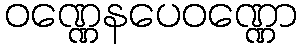
ဝဏ္ဏေနပေဝဏ္ဏော